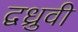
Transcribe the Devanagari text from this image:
द्वध्रुवी